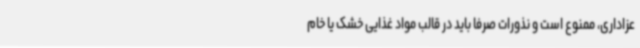
عزاداری، ممنوع است و نذورات صرفا باید در قالب مواد غذایی خشک یا خام